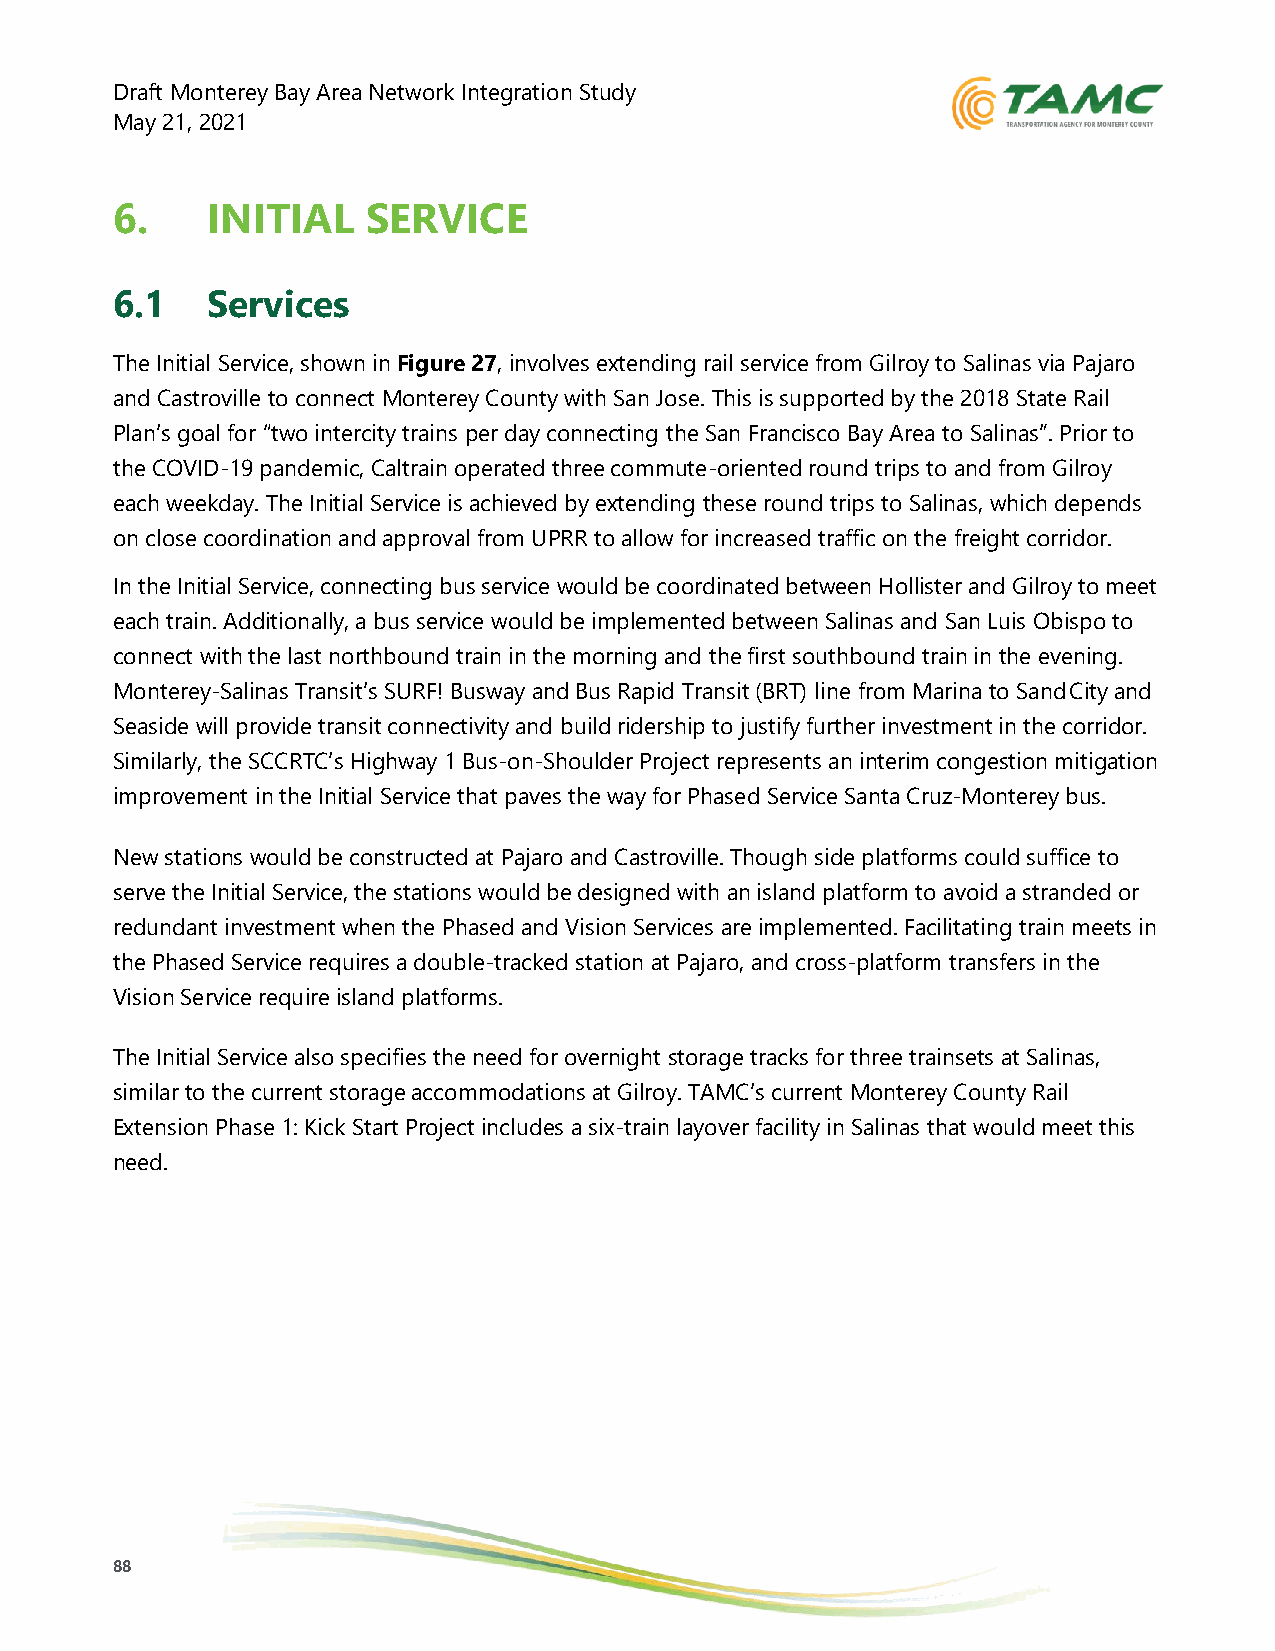
Draft Monterey Bay Area Network Integration Study
 May 21, 2021
 6.     INITIAL   SERVICE
 6.1    Services
 The Initial Service, shown in Figure 27, involves extending rail service from Gilroy to Salinas via Pajaro
 and Castroville to connect Monterey County with San Jose. This is supported by the 2018 State Rail
 Plan’s goal for “two intercity trains per day connecting the San Francisco Bay Area to Salinas”. Prior to
 the COVID-19 pandemic, Caltrain operated three commute-oriented round trips to and from Gilroy
 each weekday. The Initial Service is achieved by extending these round trips to Salinas, which depends
 on close coordination and approval from UPRR to allow for increased traffic on the freight corridor.
 In the Initial Service, connecting bus service would be coordinated between Hollister and Gilroy to meet
 each train. Additionally, a bus service would be implemented between Salinas and San Luis Obispo to
 connect with the last northbound train in the morning and the first southbound train in the evening.
 Monterey-Salinas Transit’s SURF! Busway and Bus Rapid Transit (BRT) line from Marina to Sand City and
 Seaside will provide transit connectivity and build ridership to justify further investment in the corridor.
 Similarly, the SCCRTC’s Highway 1 Bus-on-Shoulder Project represents an interim congestion mitigation
 improvement in the Initial Service that paves the way for Phased Service Santa Cruz-Monterey bus.
 New stations would be constructed at Pajaro and Castroville. Though side platforms could suffice to
 serve the Initial Service, the stations would be designed with an island platform to avoid a stranded or
 redundant investment when the Phased and Vision Services are implemented. Facilitating train meets in
 the Phased Service requires a double-tracked station at Pajaro, and cross-platform transfers in the
 Vision Service require island platforms.
 The Initial Service also specifies the need for overnight storage tracks for three trainsets at Salinas,
 similar to the current storage accommodations at Gilroy. TAMC’s current Monterey County Rail
 Extension Phase 1: Kick Start Project includes a six-train layover facility in Salinas that would meet this
 need.
 88